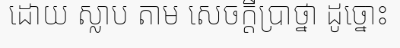
ដោយ ស្លាប តាម សេចក្តីប្រាថ្នា ដូច្នោះ